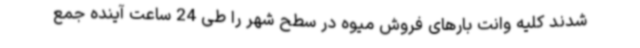
شدند کلیه وانت بارهای فروش میوه در سطح شهر را طی 24 ساعت آینده جمع